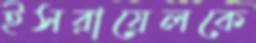
ইসরায়েলকে